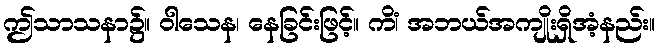
ဤသာသနာ၌။ ဝါသေန၊ နေခြင်းဖြင့်။ ကိံ၊ အဘယ်အကျိုးရှိအံ့နည်း။